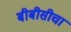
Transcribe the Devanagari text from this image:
बीबीसीचा